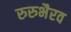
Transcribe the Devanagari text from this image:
रुरुभैरव